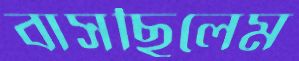
বাসছিলেম